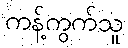
ကန့်ကွက်သူ